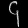
Digit: ၄